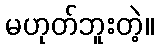
မဟုတ်ဘူးတဲ့။